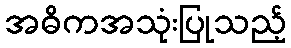
အဓိကအသုံးပြုသည့်